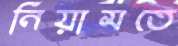
নিয়ামতে